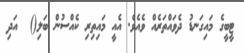
ޓީބީގެ މައިގަނޑު ދެވައްތަރެއް ވެއެވެ. އެއީ މައިތިރި ކެއްސުން ބަލި()  އަދި